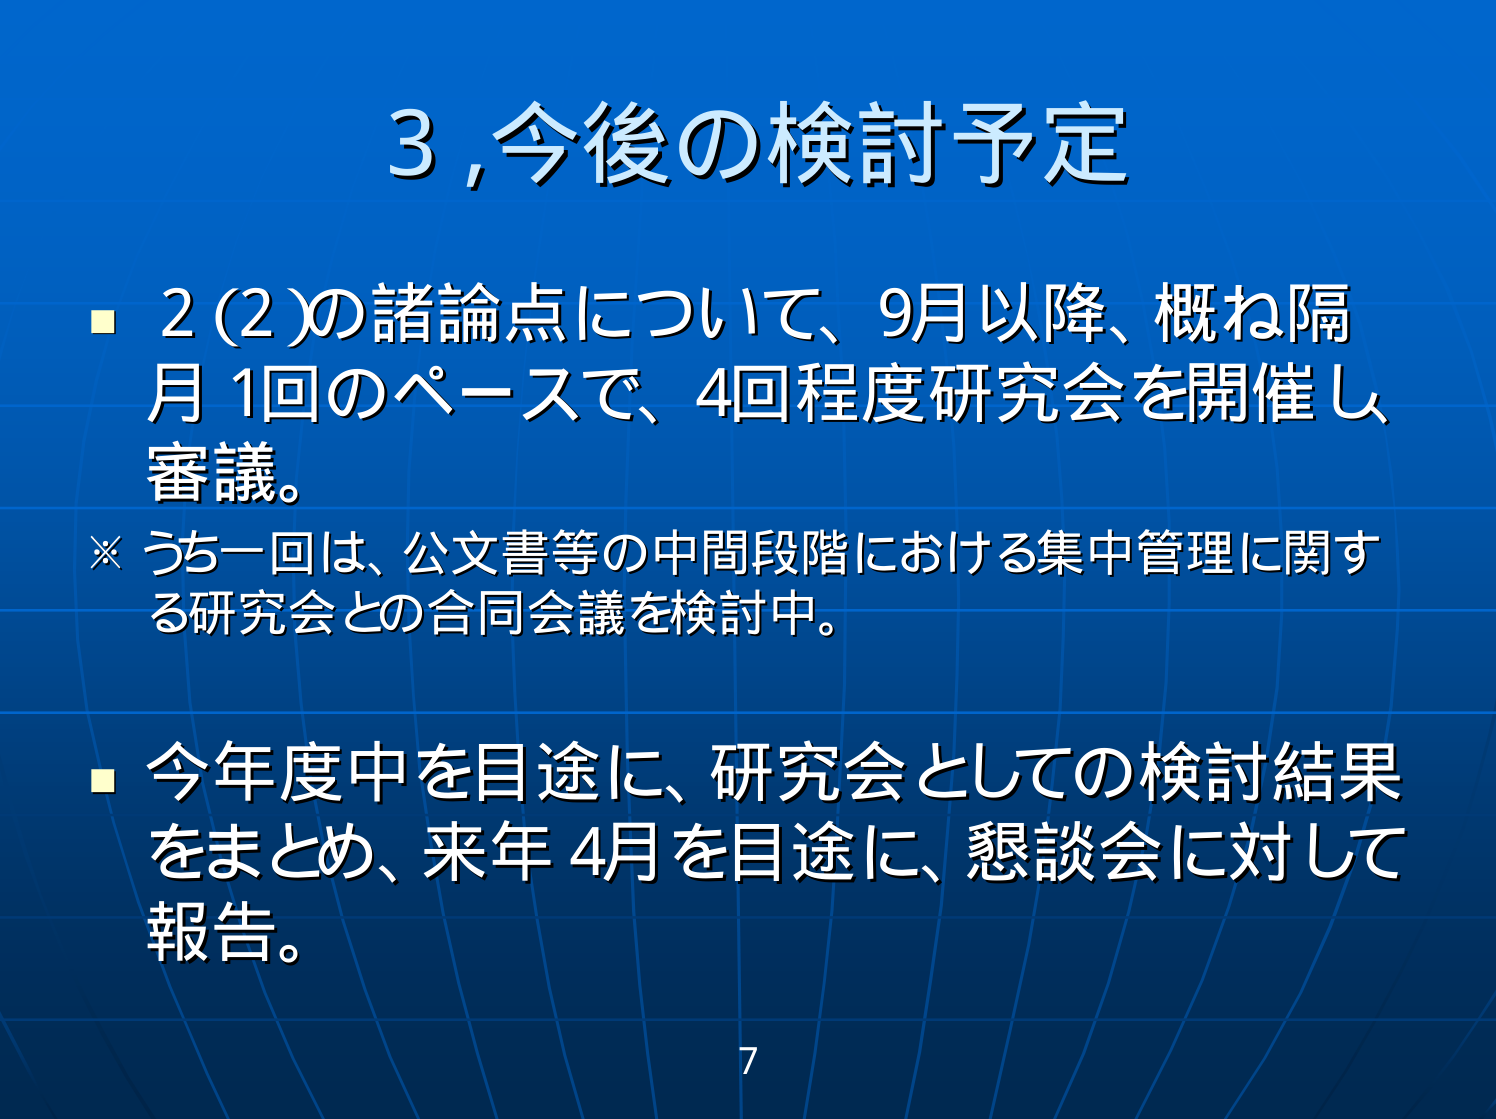
3,今後の検討予定

■ 2(2)の諸論点について、9月以降、概ね隔月1回のペースで、4回程度研究会を開催し審議。
※ うち一回は、公文書等の中間段階における集中管理に関する研究会との合同会議を検討中。

■ 今年度中を目途に、研究会としての検討結果をまとめ、来年4月を目途に、懇談会に対して報告。

7